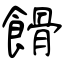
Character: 餶